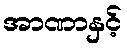
အာဏာနှင့်